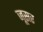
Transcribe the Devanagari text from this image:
जूसर